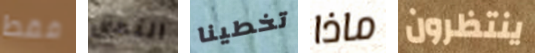
فقط التحق تخطينا ماذا ينتظرون